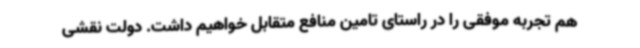
هم تجربه موفقی را در راستای تامین منافع متقابل خواهیم داشت. دولت نقشی